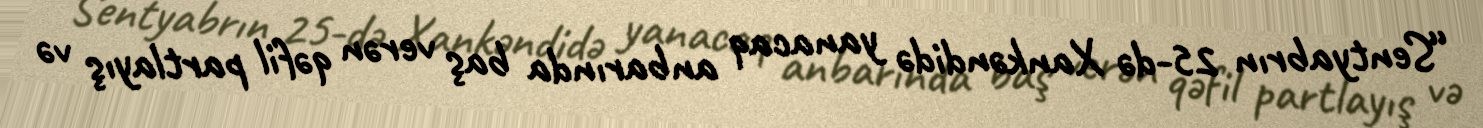
“Sentyabrın 25-də Xankəndidə yanacaq anbarında baş verən qəfil partlayış və